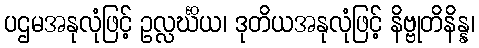
ပဌမအနုလုံဖြင့် ဥလ္လင်္ဃိယ၊ ဒုတိယအနုလုံဖြင့် နိဗ္ဗုတိနိန္န၊